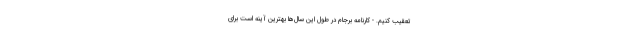
تعقیب کنیم. - کارنامه برجام در طول این سال‌ها بهترین آینه است برای